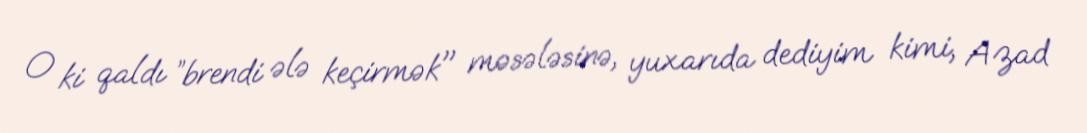
O ki qaldı ”brendi ələ keçirmək" məsələsinə, yuxarıda dediyim kimi, Azad